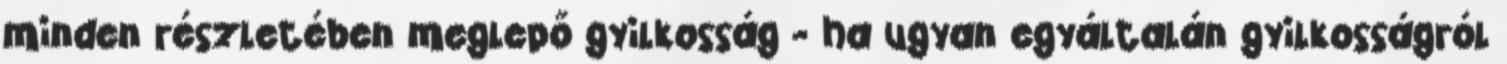
minden részletében meglepő gyilkosság - ha ugyan egyáltalán gyilkosságról